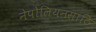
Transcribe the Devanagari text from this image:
नेपोलियनसाठि